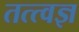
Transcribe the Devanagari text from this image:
तत्त्‍वज्ञ